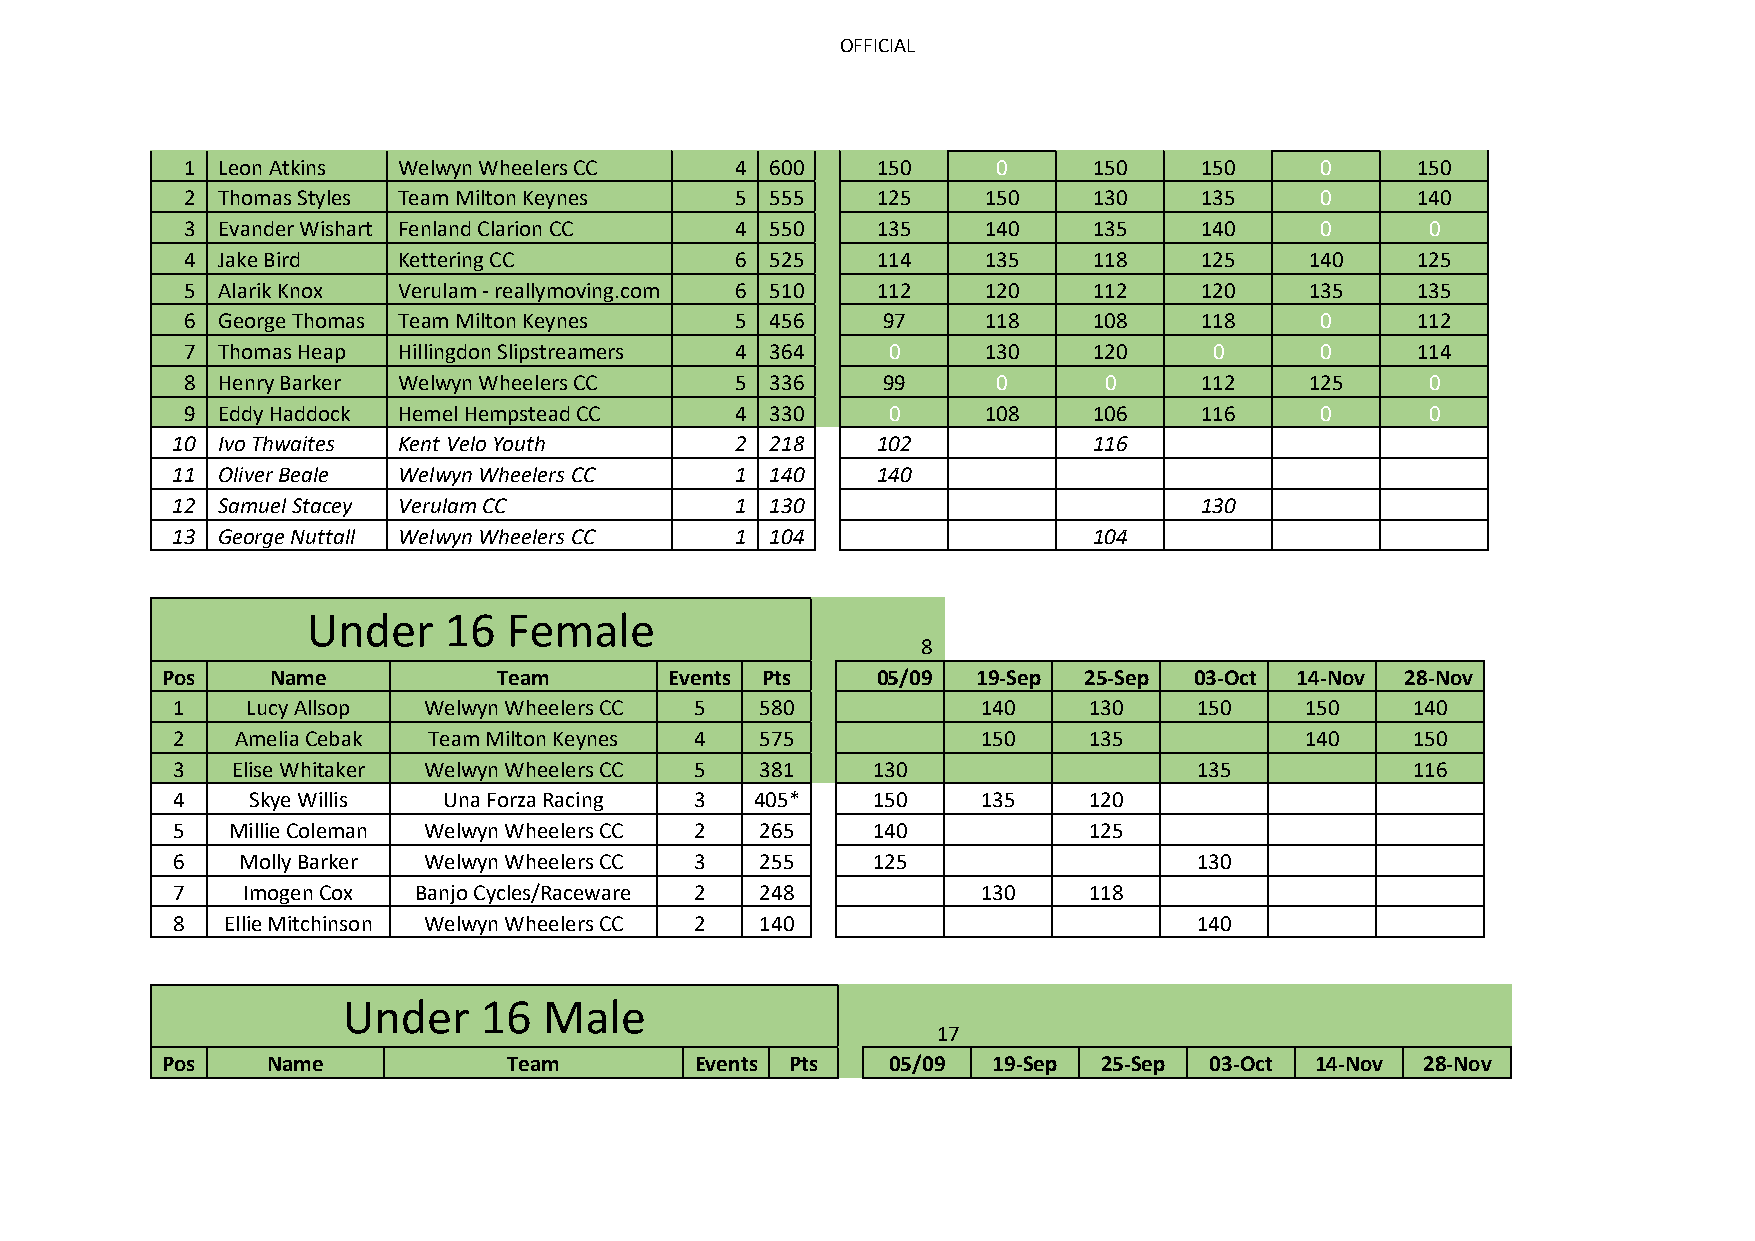
OFFICIAL
 1 Leon Atkins Welwyn Wheelers CC     4 600    150     0     150    150     0      150
 2 Thomas Styles Team Milton Keynes   5 555    125    150    130    135     0      140
 3 Evander Wishart Fenland Clarion CC 4 550    135    140    135    140     0       0
 4 Jake Bird   Kettering CC           6 525    114    135    118    125     140    125
 5 Alarik Knox Verulam - reallymoving.com 6 510 112   120    112    120     135    135
 6 George Thomas Team Milton Keynes   5 456    97     118    108    118     0      112
 7 Thomas Heap Hillingdon Slipstreamers 4 364   0     130    120     0      0      114
 8 Henry Barker Welwyn Wheelers CC    5 336    99      0      0     112     125     0
 9 Eddy Haddock Hemel Hempstead CC    4 330     0     108    106    116     0       0
 10 Ivo Thwaites Kent Velo Youth       2 218    102     0     116     0      0       0
 11 Oliver Beale Welwyn Wheelers CC    1 140    140     0      0      0      0       0
 12 Samuel Stacey Verulam CC           1 130     0      0      0     130     0       0
 13 George Nuttall Welwyn Wheelers CC  1 104     0      0     104     0      0       0
 Under    16   Female
 8
 Pos    Name           Team       Events Pts    05/09  19-Sep 25-Sep 03-Oct 14-Nov 28-Nov
 1    Lucy Allsop Welwyn Wheelers CC 5  580            140    130    150    150    140
 2    Amelia Cebak Team Milton Keynes 4 575            150    135           140    150
 3   Elise Whitaker Welwyn Wheelers CC 5 381    130                  135           116
 4    Skye Willis  Una Forza Racing 3   405*    150    135    120     0      0      0
 5   Millie Coleman Welwyn Wheelers CC 2 265    140     0     125     0      0      0
 6    Molly Barker Welwyn Wheelers CC 3 255     125     0      0     130     0      0
 7    Imogen Cox Banjo Cycles/Raceware 2 248     0     130    118     0      0      0
 8   Ellie Mitchinson Welwyn Wheelers CC 2 140   0      0      0     140     0      0
 Under    16  Male
 17
 Pos    Name            Team        Events Pts   05/09  19-Sep 25-Sep 03-Oct 14-Nov 28-Nov